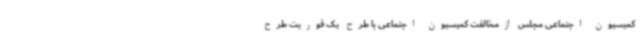
کمیسیون اجتماعی مجلس ازمخالفت کمیسیون اجتماعی با طرح یک فوریت طرح